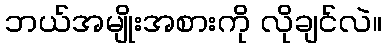
ဘယ်အမျိုးအစားကို လိုချင်လဲ။